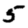
Digit: 5